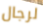
لرجال